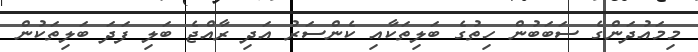
މިމައުދަންގެ ސަބަބުން ހިތުގެ ބަލިތަކާއި ކެންސަރު އަދި ރާއްޖެ ބަލި ފަދަ ބަލިތަކުން